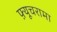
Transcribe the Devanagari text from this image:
फ़्यूचरामा